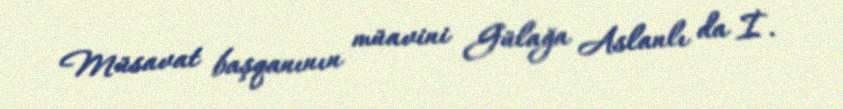
Müsavat başqanının müavini Gülağa Aslanlı da İ.